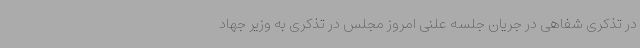
در تذکری شفاهی در جریان جلسه علنی امروز مجلس در تذکری به وزیر جهاد